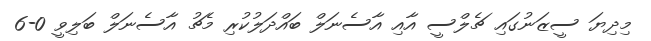
މިދިޔަ ސީޒަނުގައި ޗެލްސީ އާއި އާސެނަލް ބައްދަލުކުރި މެޗު އާސެނަލް ބަލިވީ 0-6